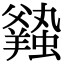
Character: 𧒦